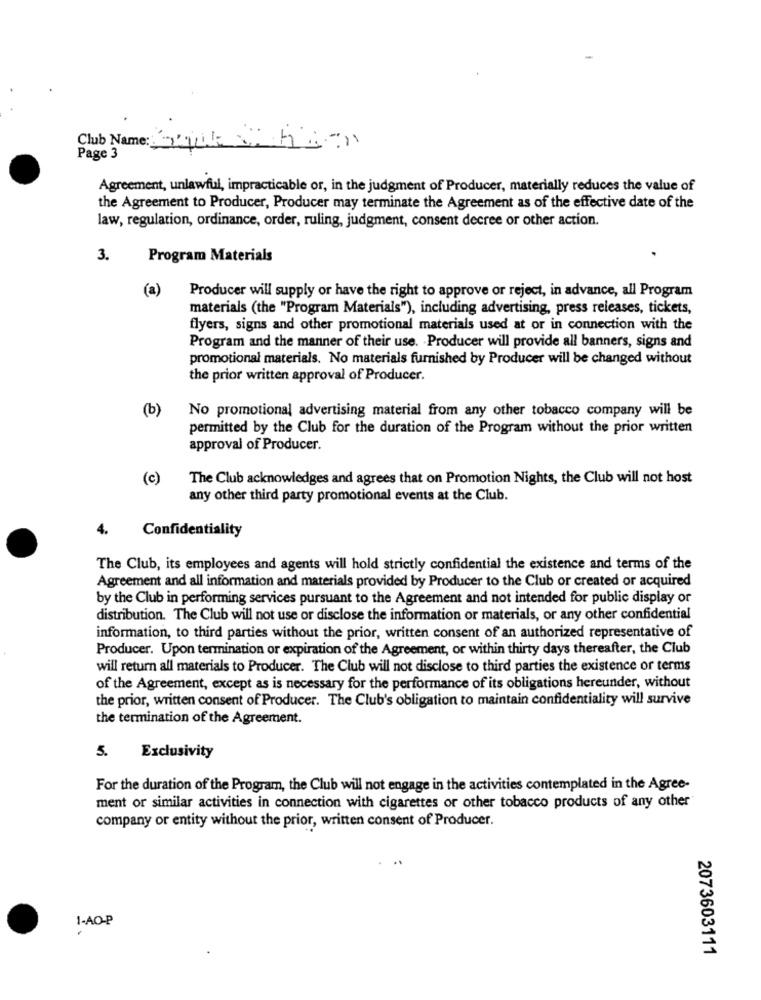
Club Name :_
Page 3
Agreement, unlawful, impracticable or, in the judgment of Producer, materially reduces the value of
the Agreement to Producer, Producer may terminate the Agreement as of the effective date of the
law, regulation, ordinance, order, ruling, judgment, consent decree or other action.
3.
Program Materials
(a)
Producer will supply or have the right to approve or reject, in advance, all Program
materials (the "Program Materials"), including advertising, press releases, tickets,
flyers, signs and other promotional materials used at or in connection with the
Program and the manner of their use. Producer will provide all banners, signs and
promotional materials. No materials furnished by Producer will be changed without
the prior written approval of Producer.
(b)
No promotional advertising material from any other tobacco company will be
permitted by the Club for the duration of the Program without the prior written
approval of Producer.
(c)
The Club acknowledges and agrees that on Promotion Nights, the Club will not host
any other third party promotional events at the Club.
4.
Confidentiality
The Club, its employees and agents will hold strictly confidential the existence and terms of the
Agreement and all information and materials provided by Producer to the Club or created or acquired
by the Club in performing services pursuant to the Agreement and not intended for public display or
distribution. The Club will not use or disclose the information or materials, or any other confidential
information, to third parties without the prior, written consent of an authorized representative of
Producer. Upon termination or expiration of the Agreement, or within thirty days thereafter, the Club
will return all materials to Producer. The Club will not disclose to third parties the existence or terms
of the Agreement, except as is necessary for the performance of its obligations hereunder, without
the prior, written consent of Producer. The Club's obligation to maintain confidentiality will survive
the termination of the Agreement.
5.
Exclusivity
For the duration of the Program, the Club will not engage in the activities contemplated in the Agree-
ment or similar activities in connection with cigarettes or other tobacco products of any other
company or entity without the prior, written consent of Producer.
1-AO-P
2073603111